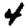
Digit: 4